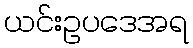
ယင်းဥပဒေအရ